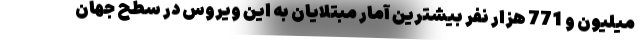
میلیون و 771 هزار نفر بیشترین آمار مبتلایان به این ویروس در سطح جهان